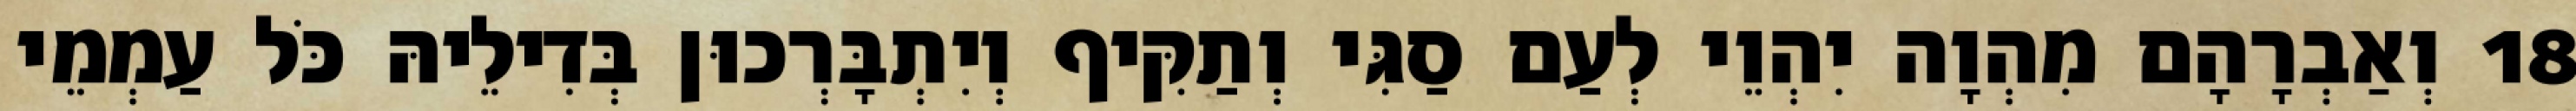
18 וְאַבְרָהָם מִהְוָה יִהְוֵי לְעַם סַגִּי וְתַקִּיף וְיִתְבָּרְכוּן בְּדִילֵיהּ כֹּל עַמְמֵי